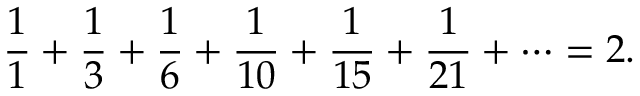
{ \frac { 1 } { 1 } } + { \frac { 1 } { 3 } } + { \frac { 1 } { 6 } } + { \frac { 1 } { 1 0 } } + { \frac { 1 } { 1 5 } } + { \frac { 1 } { 2 1 } } + \cdots = 2 .